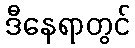
ဒီနေရာတွင်